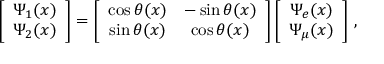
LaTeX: \left[ \begin{array} { c c } { { \Psi _ { 1 } ( x ) } } \\ { { \Psi _ { 2 } ( x ) } } \end{array} \right] = \left[ \begin{array} { c c } { { \cos { \theta ( x ) } } } & { { - \sin { \theta ( x ) } } } \\ { { \sin { \theta ( x ) } } } & { { \cos { \theta ( x ) } } } \end{array} \right] \left[ \begin{array} { c c } { { \Psi _ { e } ( x ) } } \\ { { \Psi _ { \mu } ( x ) } } \end{array} \right] \, ,